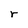
Character: r